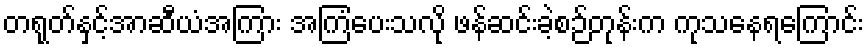
တရုတ်နှင့်အာဆီယံအကြား အကြံပေးသလို ဖန်ဆင်းခဲ့စဉ်တုန်းက ကုသနေရကြောင်း